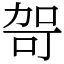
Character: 哿